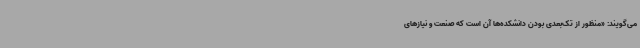
می‌گویند: «منظور از تک‌بعدی بودن دانشکده‌ها آن است که صنعت و نیازهای